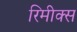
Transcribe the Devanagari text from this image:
रिमीक्स